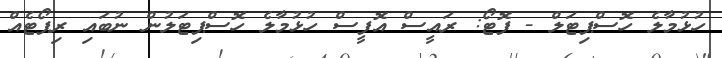
ހުޅުމާލެ ހޮސްޕިޓަލް - ފޮޓޯ: ރައީސް އޮފީސް ހުޅުމާލެ ހޮސްޕިޓަލުން ނުބައި ރިޕޯޓެއް